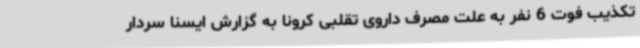
تکذیب فوت 6 نفر به علت مصرف داروی تقلبی کرونا به گزارش ایسنا سردار